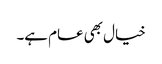
خیال بھی عام ہے۔